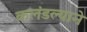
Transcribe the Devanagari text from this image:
कलंडल्याने